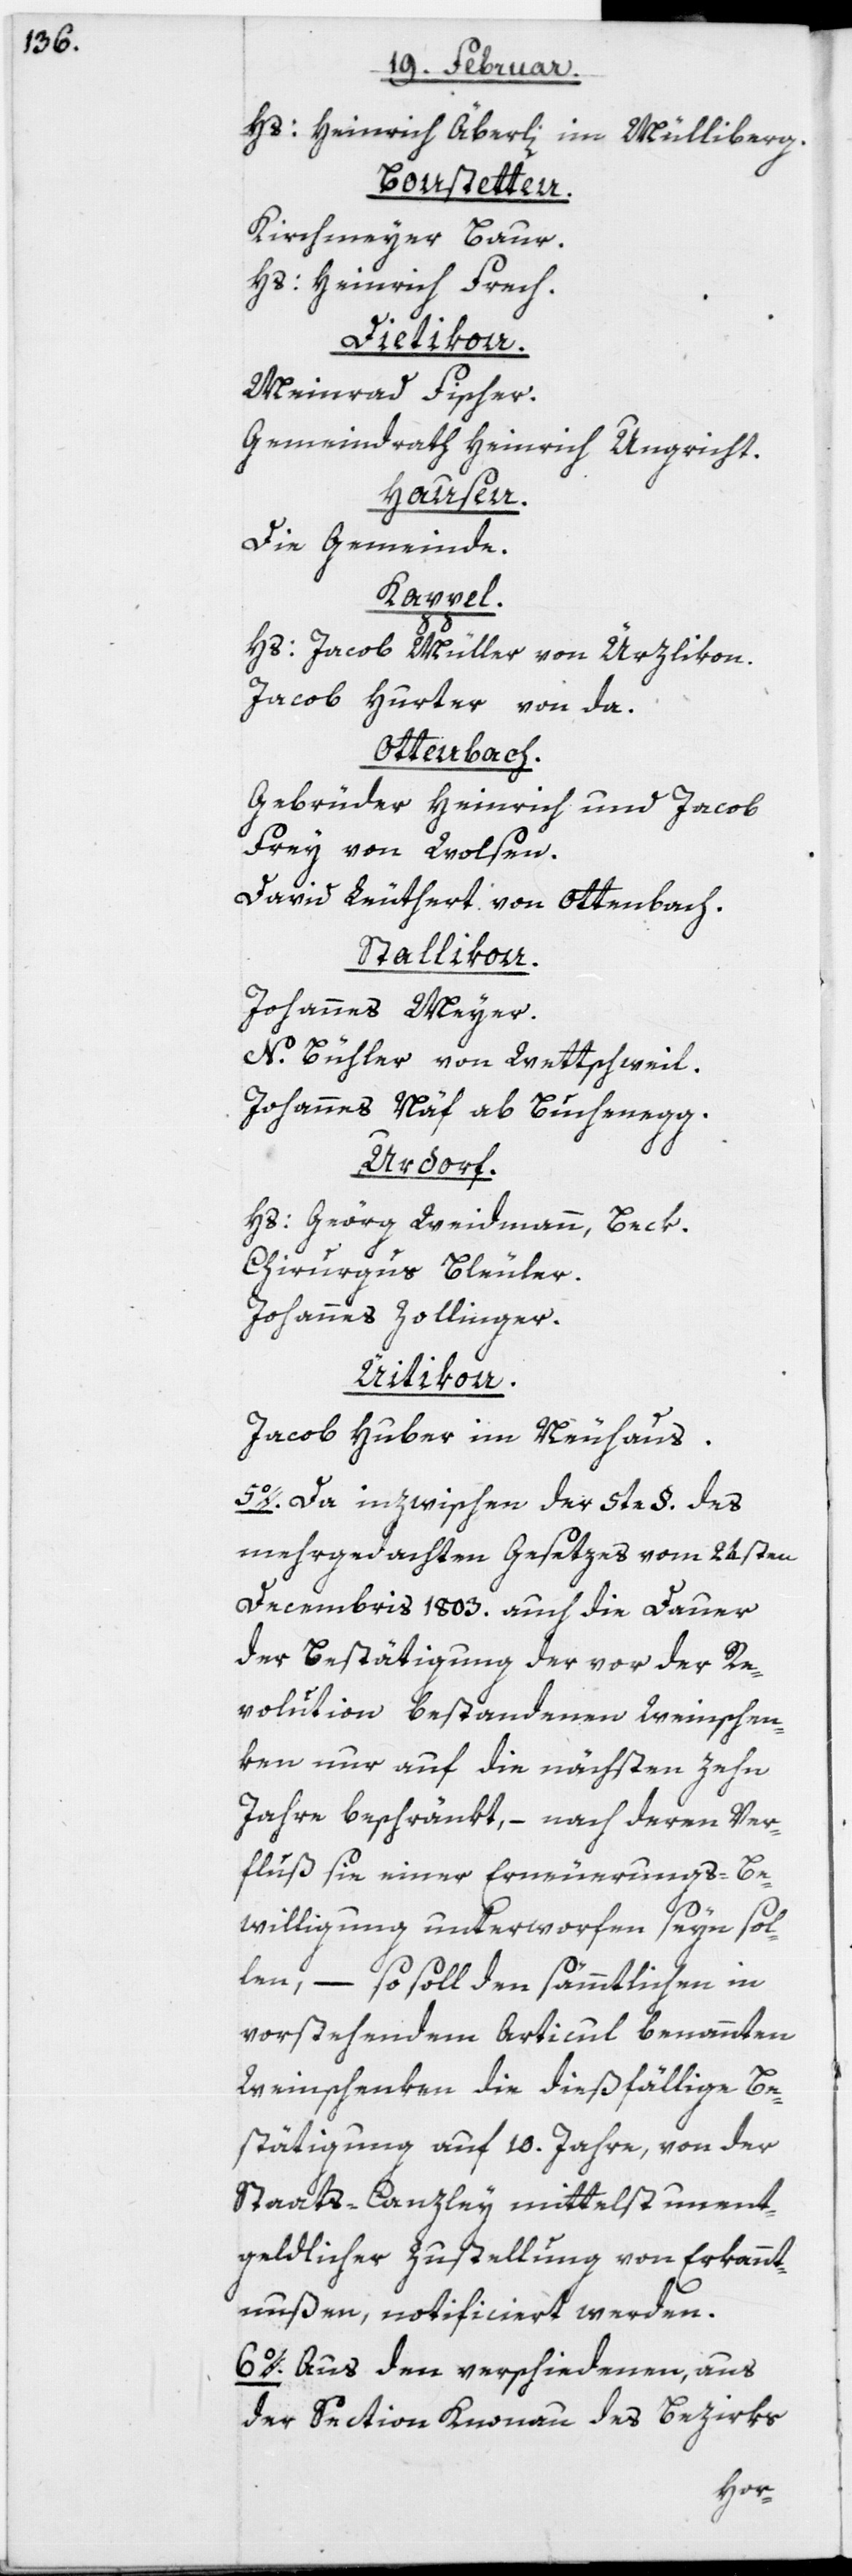
Hs: Heinrich Äberli im
Mülliberg.
Bonstetten.
Kirchmeyer Baur.
Hs: Heinrich Frech.
Dietikon.
Meinrad Fischer.
Gemeindrath Heinrich Ungricht.
Hausen.
Die Gemeinde.
Kappel.
Hs: Jacob Müller von Ürzlikon.
Jacob Hurter von da.
Ottenbach.
Gebrüder Heinrich und Jacob
Frey von Wolsen.
David Leuthert von Ottenbach.
Stallikon.
Johannes Meyer.
N. Bühler von Wettschweil.
Johannes Näf ab Buchenegg.
Urdorf.
Hs: Geörg Weidmann, Beck.
Chirurgus Bleuler.
Johannes Zollinger.
Uitikon.
Jacob Huber im Neuhaus.
5o. Da inzwischen der 5te §. des
mehrgedachten Gesetzes vom 24sten
Decembris 1803. auch die Dauer
der Bestätigung der vor der Re¬
volution bestandenen Weinschen¬
ken nur auf die nächsten zehn
Jahre beschränkt, – nach deren Ver¬
fluß sie einer Erneuerungs-Be¬
willigung unterworfen seyn sol¬
len, – so soll den sämmtlichen in
vorstehendem Articul benannten
Weinschenken die dießfällige Be¬
stätigung auf 10. Jahre, von der
Staats-Canzley mittelst unent¬
geldlicher Zustellung von Erkannt¬
nußen, notificiert werden.
6o. Aus den verschiedenen, aus
der Section Knonau des Bezirks